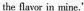
the flavor in mine,"